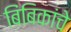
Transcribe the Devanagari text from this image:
बिंबिकांचे